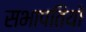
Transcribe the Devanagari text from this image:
सभापतियॉ